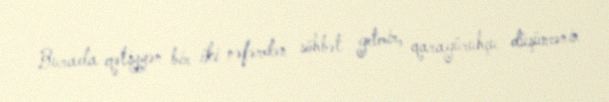
Burada qətiyyən bir-iki nəfərdən söhbət getmir, qaragüruhçu düşüncənin